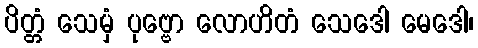
ပိတ္တံ သေမှံ ပုဗ္ဗော လောဟိတံ သေဒေါ မေဒေါ၊